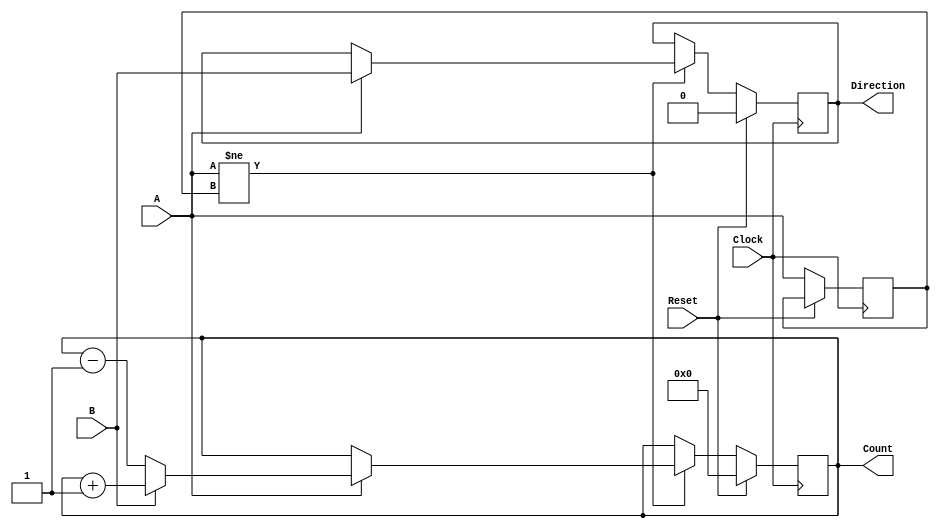
module rotary_encoder(
    input wire A,            // Rotary Encoder signal A
    input wire B,            // Rotary Encoder signal B
    input wire Reset,        // Reset signal
    input wire Clock,        // Clock signal
    output reg [7:0] Count,  // 8-bit Count output
    output reg Direction      // Direction output (1: CW, 0: CCW)
);
    // Internal states to remember last states of A and B
    reg A_prev, B_prev;

    // Synchronous process to handle the rotary encoder logic
    always @(posedge Clock) begin
        if (Reset) begin
            Count <= 8'b0;   // Reset count on reset signal
            Direction <= 1'b0; // Direction undefined
        end else begin
            // State change detection logic
            if (A != A_prev) begin
                // A has changed
                if (A == 1'b1) begin
                    // Positive edge detected
                    Direction <= B; // Set direction based on B
                    if (B) begin
                        Count <= Count + 1; // Clockwise
                    end else begin
                        Count <= Count - 1; // Counterclockwise
                    end
                end
            end
            // Update previous state
            A_prev <= A; 
            B_prev <= B; 
        end
    end
endmodule